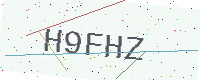
Text: H9FHZ